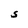
Character: S